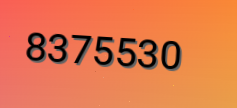
8375530